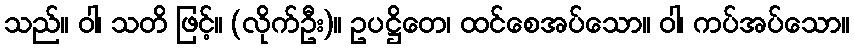
သည်။ ဝါ၊ သတိ ဖြင့်။ (လိုက်ဦး)။ ဥပဋ္ဌိတေ၊ ထင်စေအပ်သော။ ဝါ၊ ကပ်အပ်သော။